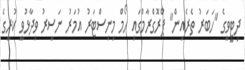
ދިޓީވީގެ "ހަބަރު ތެރެއިން" ޕްރޮގްރާމްގައި ހޯމް މިނިސްޓަރު އުމަރު ނަސީރު ވިދާޅުވީ ކުރީގެ